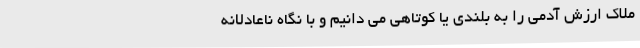
ملاک ارزش آدمی را به بلندی یا کوتاهی می دانیم و با نگاه ناعادلانه